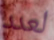
لعدد